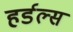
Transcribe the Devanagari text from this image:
हर्डल्स